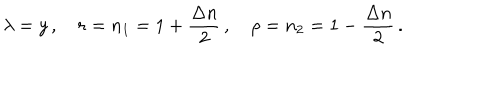
\lambda = y \, , \quad r = n _ { 1 } = 1 + \frac { \Delta n } { 2 } \, , \quad \rho = n _ { 2 } = 1 - \frac { \Delta n } { 2 } \, .